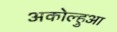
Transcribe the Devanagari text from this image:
अकोल्हुआ